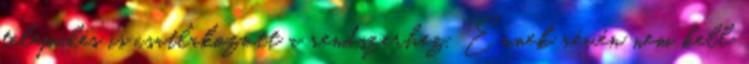
település is csatlakozott a rendszerhez. Ennek révén nem kell